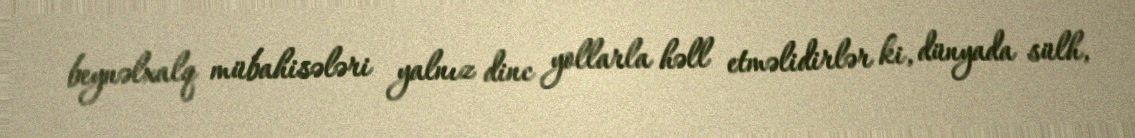
beynəlxalq mübahisələri yalnız dinc yollarla həll etməlidirlər ki, dünyada sülh,